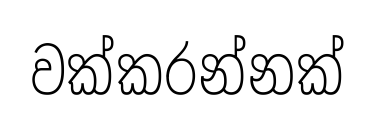
වක්කරන්නක්